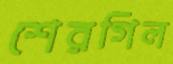
শেরগিল